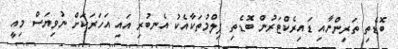
ބޮޑެތި ތަރިންނާއި ޑައިރެކްޓަރުން ބޮޑެތި ފިލްމުތަކާއެކު އެނބުރި އައި އަހަރަކަށް ނުވިޔަސް މިއީ